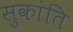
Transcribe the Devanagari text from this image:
सुकांति